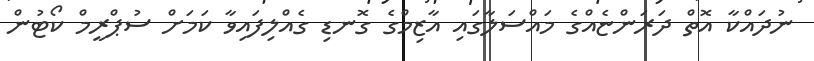
ނުދައްކާ އޮތް ދަރަންޏެއްގެ މައްސަލާގައި އާޒިމްގެ ގޮނޑި ގެއްލިފައިވާ ކަމަށް ސުޕްރީމް ކޯޓުން